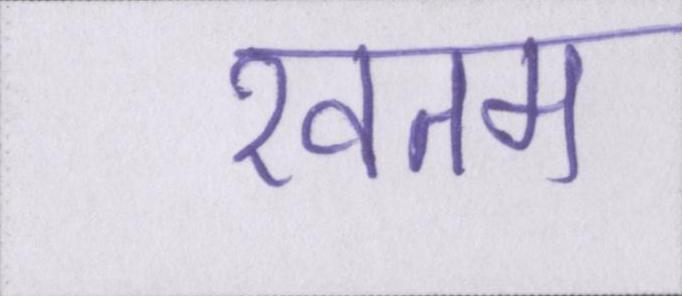
खतम